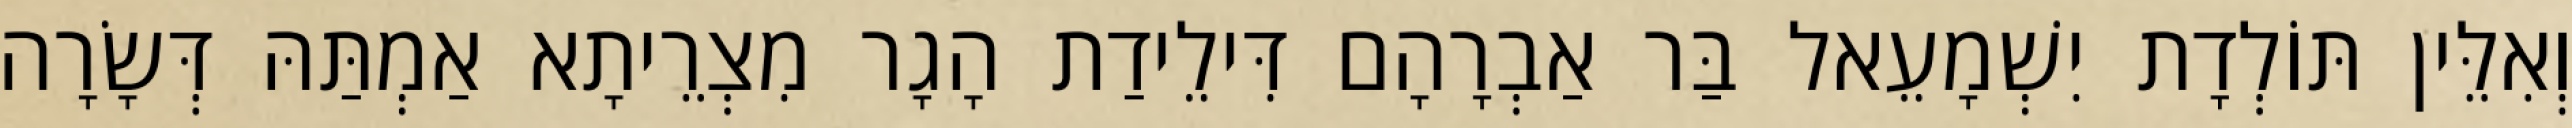
וְאִלֵּין תּוֹלְדָת יִשְׁמָעֵאל בַּר אַבְרָהָם דִּילֵידַת הָגָר מִצְרֵיתָא אַמְתַּהּ דְּשָׂרָה